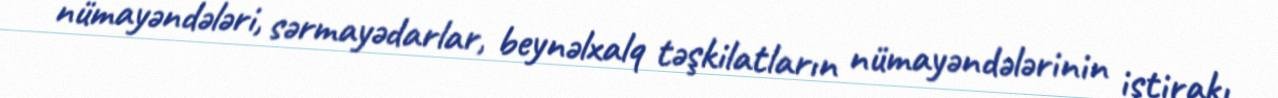
nümayəndələri, sərmayədarlar, beynəlxalq təşkilatların nümayəndələrinin iştirakı